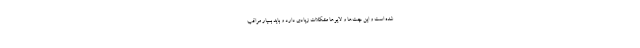
شده است و این چت‌ها و لایوها مشکلات زیادی دارد و باید بسیار مراقب